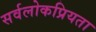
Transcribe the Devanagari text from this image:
सर्वलोकप्रियता